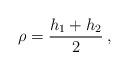
LaTeX: \begin{align*}\rho =\displaystyle\frac{h_{1}+h_{2}}{2}\: ,\end{align*}